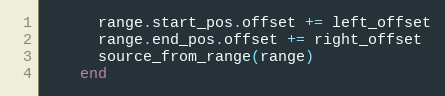
Language: Ruby
      range.start_pos.offset += left_offset
      range.end_pos.offset += right_offset
      source_from_range(range)
    end